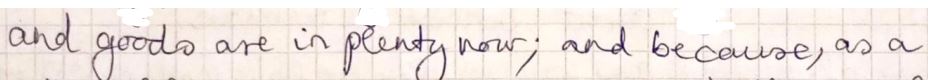
and goods are in plenty now ; and because, as a